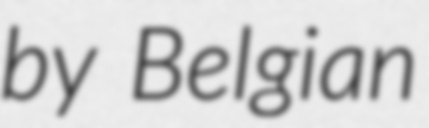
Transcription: by Belgian